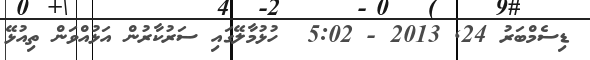
ޑިސެމްބަރު 24